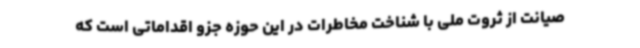
صیانت از ثروت ملی با شناخت مخاطرات در این حوزه جزو اقداماتی است که